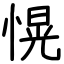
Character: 愰